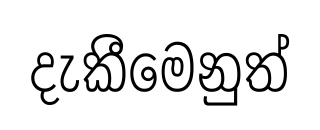
දැකීමෙනුත්